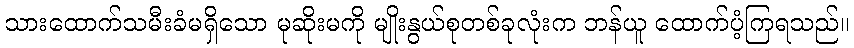
သားထောက်သမီးခံမရှိသော မုဆိုးမကို မျိုးနွယ်စုတစ်ခုလုံးက ဘန်ယူ ထောက်ပံ့ကြရသည်။